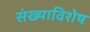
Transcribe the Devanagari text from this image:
संख्याविशेष